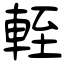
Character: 輊